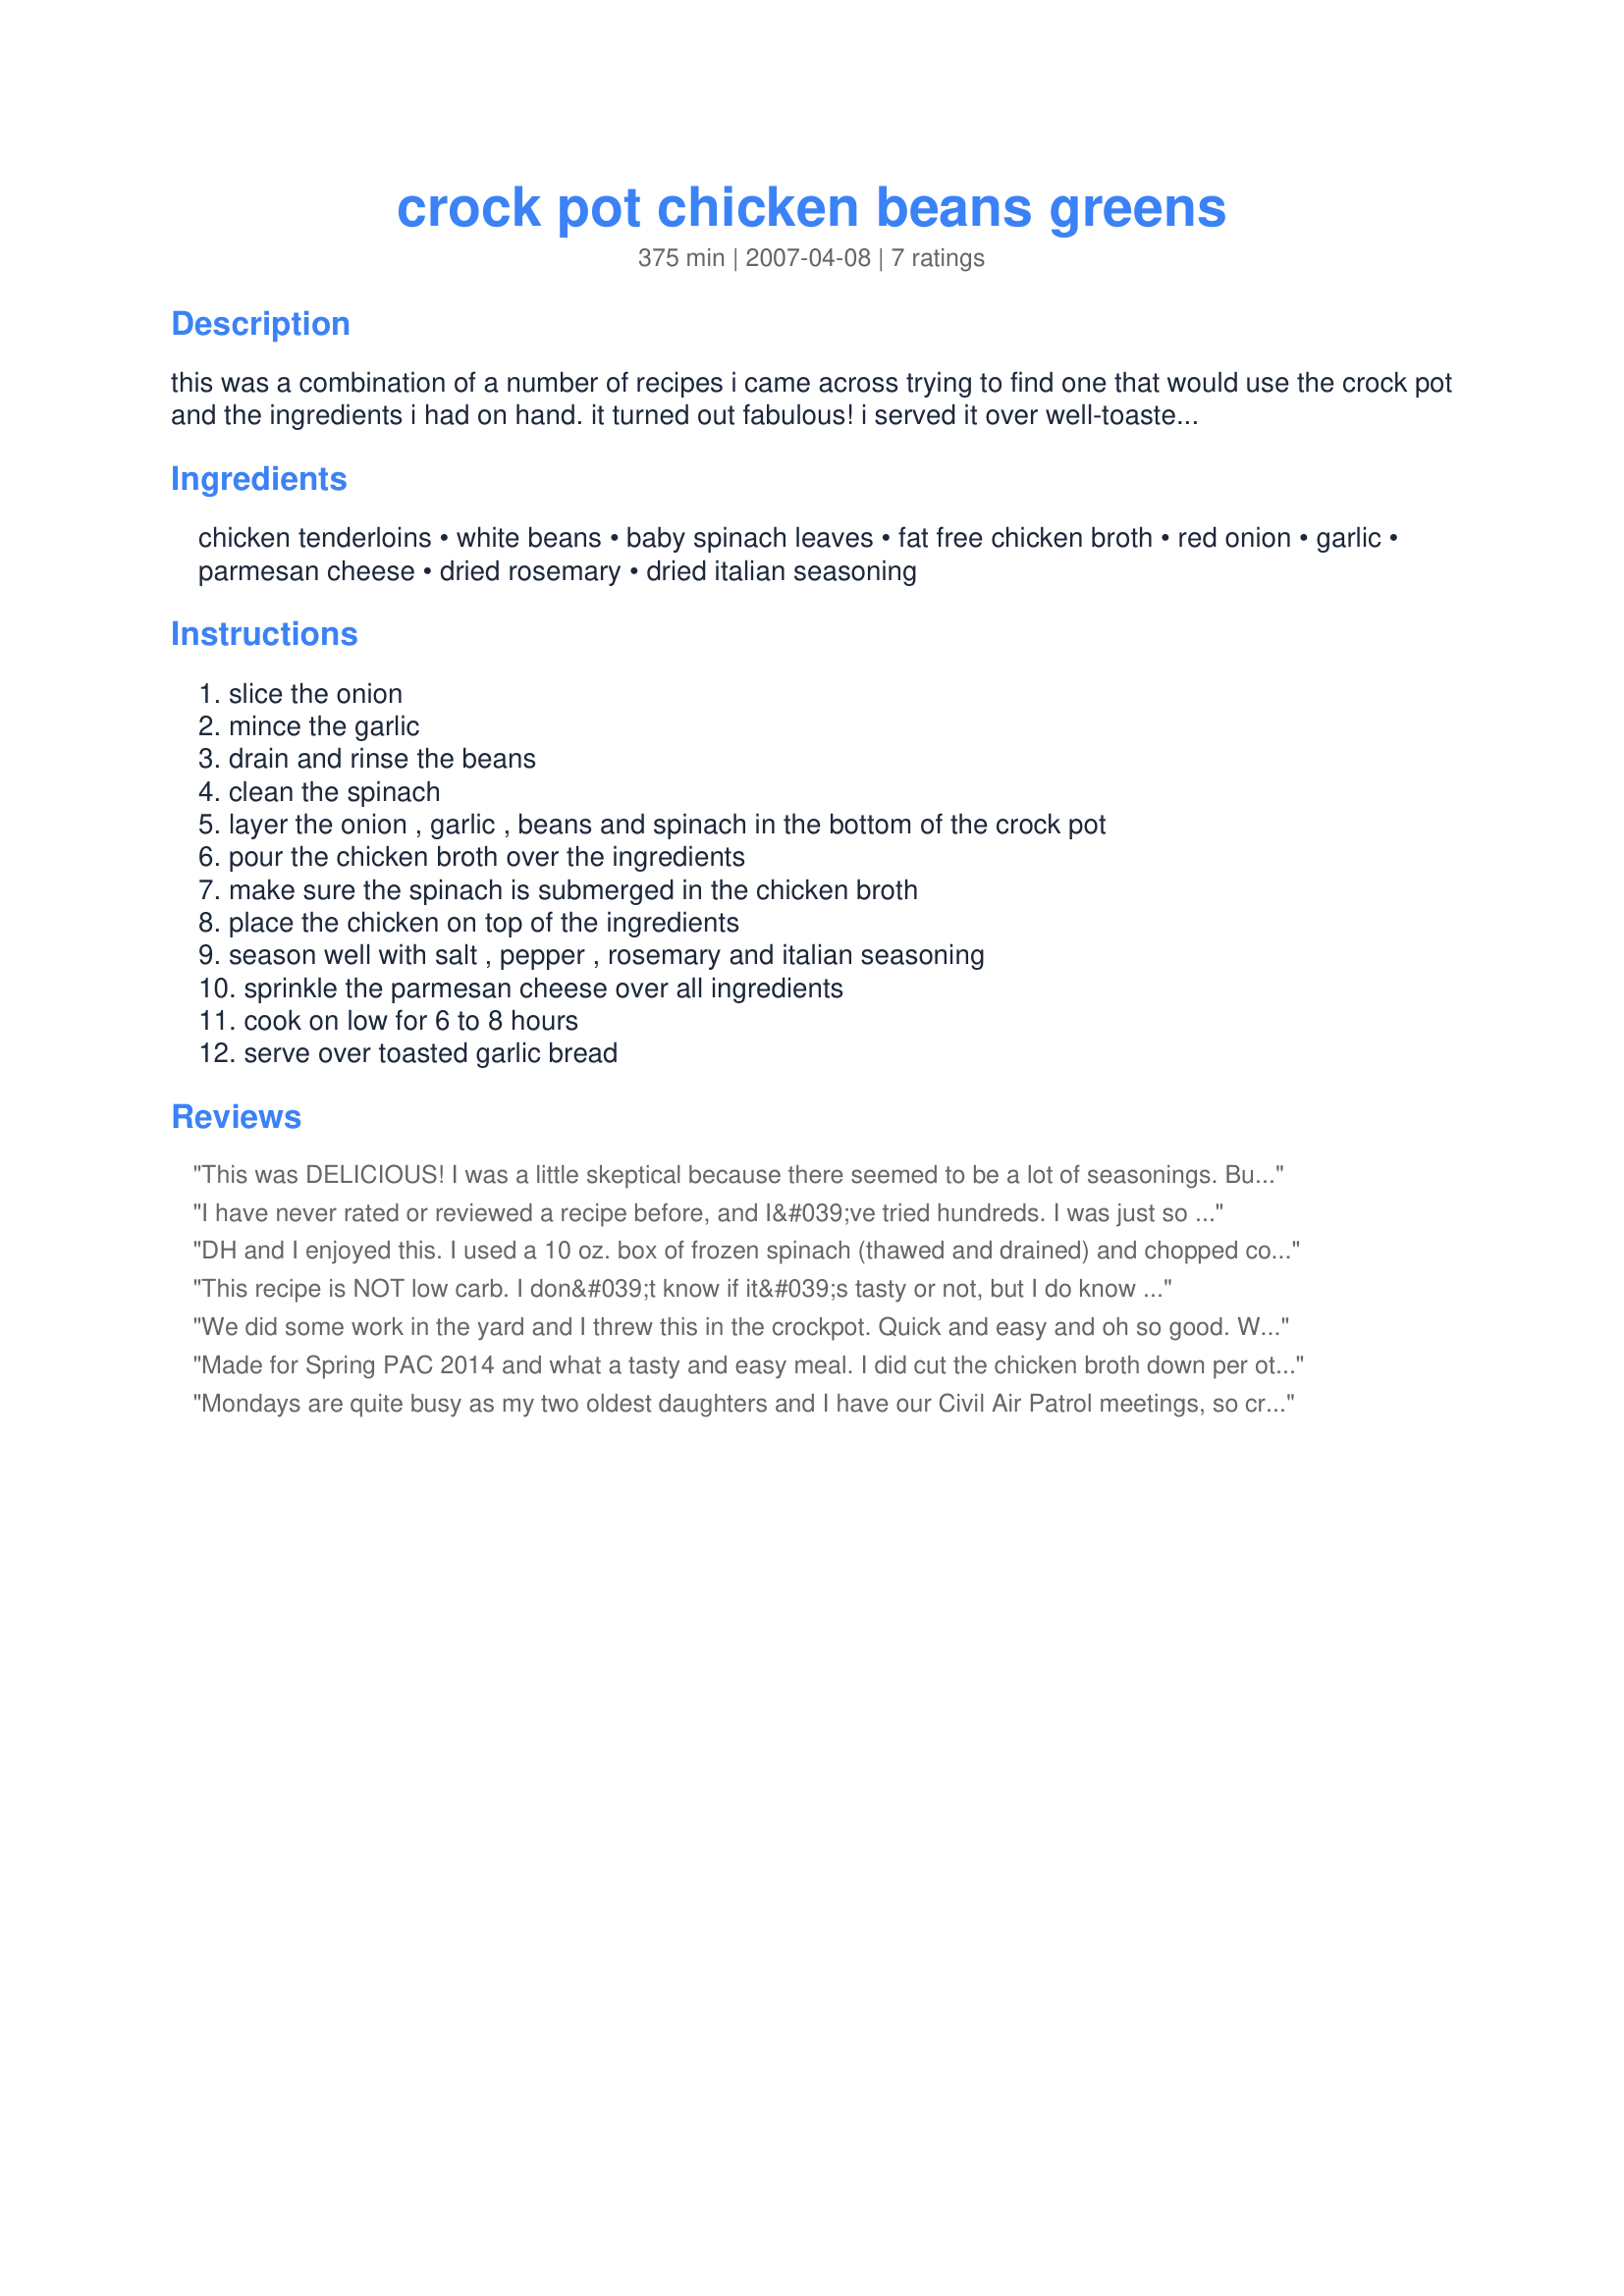
crock pot chicken beans greens
Preparation time: 375 minutes

this was a combination of a number of recipes i came across trying to find one that would use the crock pot and the ingredients i had on hand. it turned out fabulous! i served it over well-toasted garlic bread with a salad and sliced cantaloupe on the side. healthy, low carb, simple and impressive.

Ingredients:
chicken tenderloins, white beans, baby spinach leaves, fat free chicken broth, red onion, garlic, parmesan cheese, dried rosemary, dried italian seasoning

Steps:
slice the onion, mince the garlic, drain and rinse the beans, clean the spinach, layer the onion , garlic , beans and spinach in the bottom of the crock pot, pour the chicken broth over the ingredients, make sure the spinach is submerged in the chicken broth, place the chicken on top of the ingredients, season well with salt , pepper , rosemary and italian seasoning, sprinkle the parmesan cheese over all ingredients, cook on low for 6 to 8 hours, serve over toasted garlic bread

Reviews:
This was DELICIOUS! I was a little skeptical because there seemed to be a lot of seasonings. But everything blended perfectly. I used boneless skinless chicken breasts, and served over garlic toast as well. The only change I will make next time is to use about half of the chicken broth. There was way to much "juice." But there will definately be a next time. Thanks AQueen!
I have never rated or reviewed a recipe before, and I&#039;ve tried hundreds. I was just so thrilled with this recipe I had to do log in and share. This was so yummy! My entire family loved it, even my 4 year old son! The only changes I made were to double it for 5 people (and there were not a lot of leftovers and we don&#039;t overeat... it was just that good), I sauteed my onion and garlic, added kale to the spinach because I had it and thought it would work well, and liberally applied the rosemary and Italian seasoning over all the chicken tenders instead of just the amount they recommended. I used low sodium chicken broth and kept the liquid about the same (did not double.) I just used whole grain bread with a little butter and garlic powder on it instead of purchasing garlic toast. Again, it was so yummy! And, it was SO EASY! Loved it! Thanks for sharing this recipe.
DH and I enjoyed this. I used a 10 oz. box of frozen spinach (thawed and drained) and chopped cooked turkey.
This recipe is NOT low carb. I don&#039;t know if it&#039;s tasty or not, but I do know that with that amount of beans, and then served over bread (&quot;well-toasted&quot; or not), it is NOT low carb.&lt;br/&gt;&lt;br/&gt;If you are diabetic or on a low carb eating plan, stay away from this one!
We did some work in the yard and I threw this in the crockpot. Quick and easy and oh so good. When it was time to eat, I threw together a quick salad and we wre ready to go. Thanks for our lovely supper. It's a winner and can't wait to make it again, AQueen.
Made for Spring PAC 2014 and what a tasty and easy meal. I did cut the chicken broth down per other reviews and put the spinach in the bowl putting the cooked mixture over the top so it didn&#039;t get &quot;over cooked&quot; for DH. Served with recipe#216166#216166 on a mixed green salad.
Mondays are quite busy as my two oldest daughters and I have our Civil Air Patrol meetings, so crock pot meals are a welcome choice. I doubled recipe as I needed it to feed 6 people. One thing I did alter in the recipe was the cooking of the spinach. Since no one in my family is big on cooked spinach, I added it raw in our bowls and spooned the chicken and beans over the top to slightly wilt it. The only thing I will do differently the next time is keep the amount of liquid at a single serving as we ended up with soup in the crock pot. Oh, I might also top each serving with additional Parmesan cheese after I have dished it up. Made and reviewed for Spring PAC 2012.
